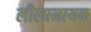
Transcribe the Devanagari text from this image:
लीलानायक